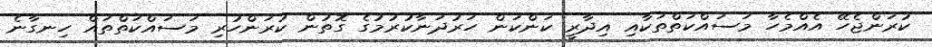
ކުރަންޖެހޭ އެއްމެހާ މަސައްކަތްތަކާއި އިދާރީ ކަންކަން ހަރުދަނާކުރުމުގެ ގޮތުން ކުރަންހުރި މަސައްކަތްތައް ހިނގާނެ